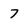
Character: 7